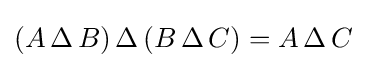
(A\,\Delta \,B)\,\Delta \,(B\,\Delta \,C)=A\,\Delta \,C